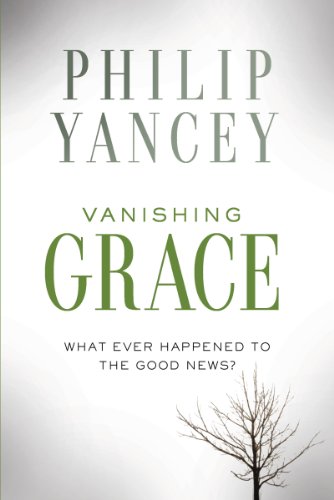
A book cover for Vanishing Grace: What Ever Happened to the Good News?; Philip Yancey; History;